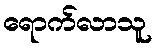
ရောက်လာသူ